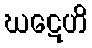
ဃဋေဟိ